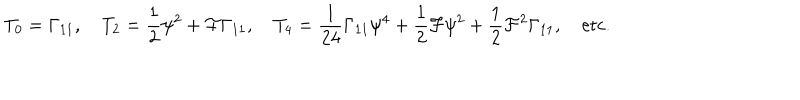
LaTeX: T _ { 0 } = \Gamma _ { 1 1 } , \quad T _ { 2 } = { \frac { 1 } { 2 } } \psi ^ { 2 } + { \cal F } \Gamma _ { 1 1 } , \quad T _ { 4 } = { \frac { 1 } { 2 4 } } \Gamma _ { 1 1 } \psi ^ { 4 } + { \frac { 1 } { 2 } } { \cal F } \psi ^ { 2 } + { \frac { 1 } { 2 } } { \cal F } ^ { 2 } \Gamma _ { 1 1 } , \quad \mathrm { e t c . }